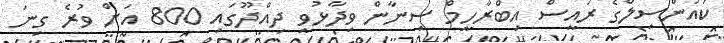
ކައުންސިލްގެ ރައީސް އިބްރާހީމް ސިނާން ވިދާޅުވީ ދިއްދޫގައި 800 އަށް ވުރެ ގިނަ